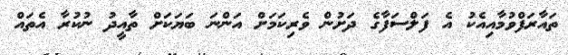
ތައާރަފްވުމާއިއެކު އެ ފަލްސަފާގެ ދަށުން ވެރިކަމަށް އަންނަ ބަޔަކަށް ތާއީދު ނުކުރާ އެތައް